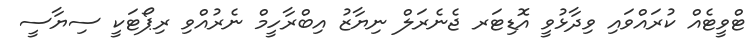
ޓްވީޓެއް ކުރައްވައި ވިދާޅުވީ އޮޑިޓަރ ޖެނެރަލް ނިޔާޒު އިބްރާހީމް ނެރުއްވި ރިޕޯޓަކީ ސިޔާސީ